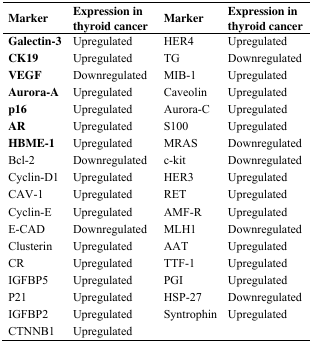
<table><thead><tr><td><b>Marker</b></td><td><b>Expression in thyroid cancer</b></td><td><b>Marker</b></td><td><b>Expression in thyroid cancer</b></td></tr></thead><tbody><tr><td>Galectin-3</td><td>Upregulated</td><td>HER4</td><td>Upregulated</td></tr><tr><td>CK19</td><td>Upregulated</td><td>TG</td><td>Downregulated</td></tr><tr><td>VEGF</td><td>Downregulated</td><td>MIB-1</td><td>Upregulated</td></tr><tr><td>Aurora-A</td><td>Upregulated</td><td>Caveolin</td><td>Upregulated</td></tr><tr><td>p16</td><td>Upregulated</td><td>Aurora-C</td><td>Upregulated</td></tr><tr><td>AR</td><td>Upregulated</td><td>S100</td><td>Upregulated</td></tr><tr><td>HBME-1</td><td>Upregulated</td><td>MRAS</td><td>Downregulated</td></tr><tr><td>Bcl-2</td><td>Downregulated</td><td>c-kit</td><td>Downregulated</td></tr><tr><td>Cyclin-D1</td><td>Upregulated</td><td>HER3</td><td>Upregulated</td></tr><tr><td>CAV-1</td><td>Upregulated</td><td>RET</td><td>Upregulated</td></tr><tr><td>Cyclin-E</td><td>Upregulated</td><td>AMF-R</td><td>Upregulated</td></tr><tr><td>E-CAD</td><td>Downregulated</td><td>MLH1</td><td>Downregulated</td></tr><tr><td>Clusterin</td><td>Upregulated</td><td>AAT</td><td>Upregulated</td></tr><tr><td>CR</td><td>Upregulated</td><td>TTF-1</td><td>Upregulated</td></tr><tr><td>IGFBP5</td><td>Upregulated</td><td>PGI</td><td>Upregulated</td></tr><tr><td>P21</td><td>Upregulated</td><td>HSP-27</td><td>Downregulated</td></tr><tr><td>IGFBP2</td><td>Upregulated</td><td>Syntrophin</td><td>Upregulated</td></tr><tr><td>CTNNB1</td><td>Upregulated</td><td></td><td></td></tr></tbody></table>